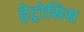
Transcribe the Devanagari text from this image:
हेट्रोसिस